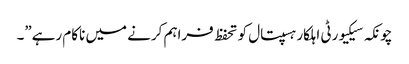
چونکہ سیکیورٹی اہلکار ہسپتال کو تحفظ فراہم کرنے میں ناکام رہے”۔